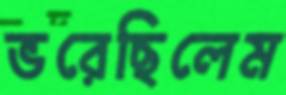
ভরেছিলেম